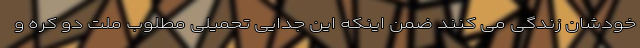
خودشان زندگی می کنند ضمن اینکه این جدایی تحمیلی مطلوب ملت دو کره و